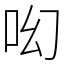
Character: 𠯻